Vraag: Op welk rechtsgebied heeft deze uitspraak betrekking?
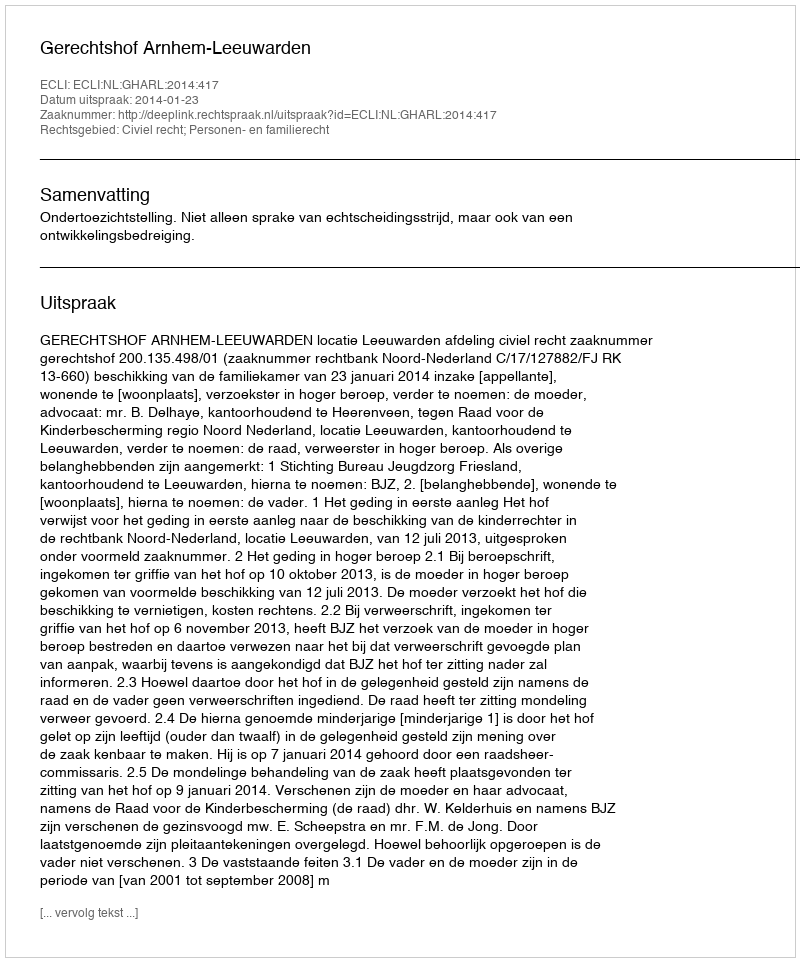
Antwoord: Civiel recht; Personen- en familierecht